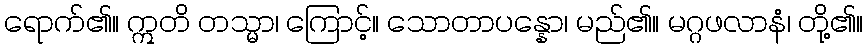
ရောက်၏။ ဣတိ တသ္မာ၊ ကြောင့်။ သောတာပန္နော၊ မည်၏။ မဂ္ဂဖလာနံ၊ တို့၏။